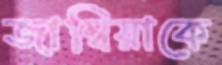
জাম্বিয়াকে